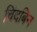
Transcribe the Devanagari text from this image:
चिंदबिन